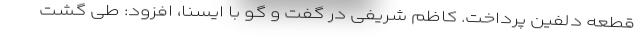
قطعه دلفین پرداخت. کاظم شریفی در گفت و گو با ایسنا، افزود: طی گشت